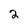
Character: 2